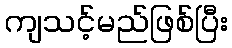
ကျသင့်မည်ဖြစ်ပြီး